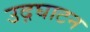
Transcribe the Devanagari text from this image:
उद़घाटन